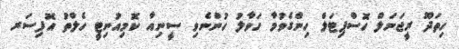
ހިތަދޫ ރީޖަނަލް ހޮސްޕިޓަލް ހިންގެވުމާ ހަވާލު ހުންނެވި ސީނިއާ ކޮމިއުނިޓީ ހެލްތު އޮފިސަރ